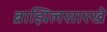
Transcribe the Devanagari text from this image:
ब्राझिलसारखे